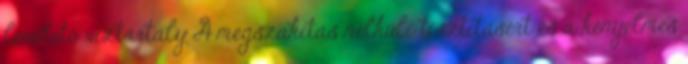
levehető víztartály A megszakítás nélküli tisztításért és a kényelmes